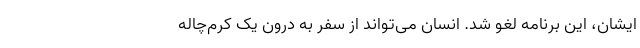
ایشان، این برنامه لغو شد. انسان می‌تواند از سفر به درون یک کرم‌چاله